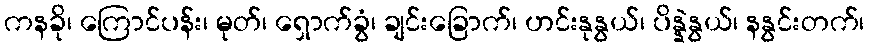
ကနခို၊ ကြောင်ပန်း၊ မုတ်၊ ရှောက်ခွံ၊ ချင်းခြောက်၊ ဟင်းနုနွယ်၊ ပိန္နဲနွယ်၊ နနွင်းတက်၊